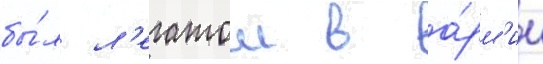
бы́л л'егатом в а́рм'ии